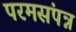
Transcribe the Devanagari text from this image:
परमसंपन्न